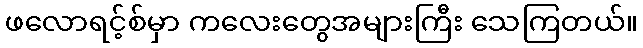
ဖလောရင့်စ်မှာ ကလေးတွေအများကြီး သေကြတယ်။